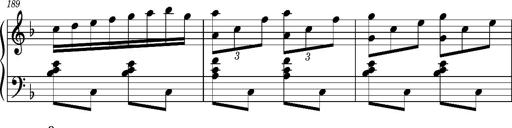
Title: Ungarischer Romanzero
Composer: Franz Liszt